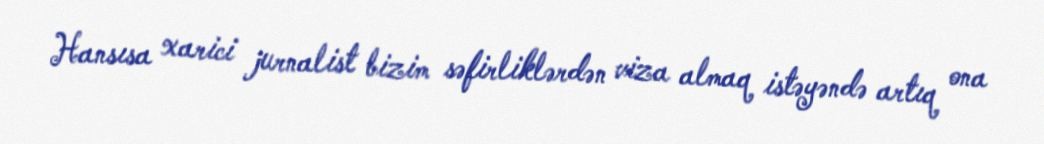
Hansısa xarici jurnalist bizim səfirliklərdən viza almaq istəyəndə artıq ona